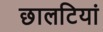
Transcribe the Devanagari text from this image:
छालटियां